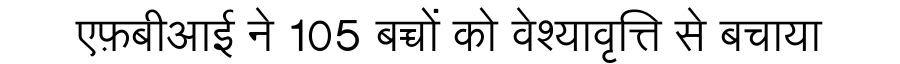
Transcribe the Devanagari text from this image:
एफ़बीआई ने 105 बच्चों को वेश्यावृत्ति से बचाया